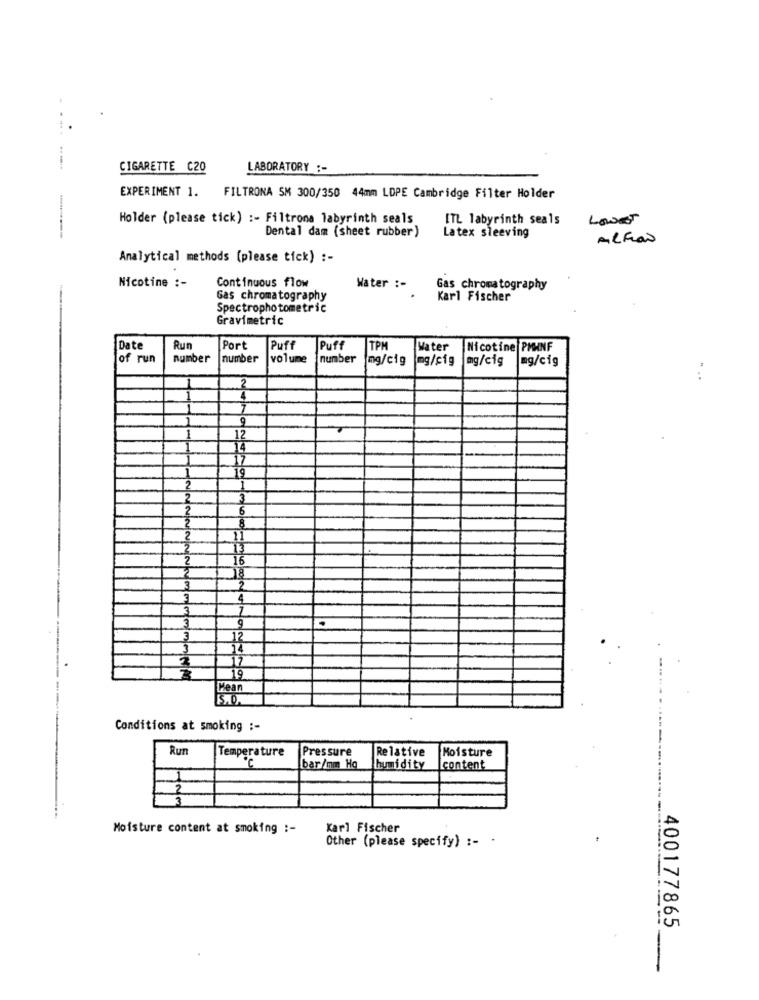
---- --
CIGARETTE C20
LABORATORY :-
EXPERIMENT 1. FILTRONA SM 300/350 44mm LDPE Cambridge Filter Holder
Holder (please tick) :- Filtrona labyrinth seals
ITL labyrinth seals
LOWET
Dental dam (sheet rubber )
Latex sleeving
ALFON
Analytical methods (please tick) :-
Continuous flow
Nicotine :-
Water :-
Gas chromatography
Gas chromatography
Karl Fischer
Spectrophotometric
Gravimetric
Date
Run
Port
Puff
Puff
TPM
Water
Nicotine PMWNF
of run
number
number
volume
number
mg/cig
mg/cig
mg/cig
mg/cig
".
2
7
9
12
14
17
19
1
3
6
8
13
16
18
2
4
7
12
14
17
NNNNNNNCOMUMMMNN
19
[Mean
15.0.
Conditions at smoking :-
Run
Temperature
Pressure
Relative
Moisture
bar/mm Hg
humidity
content
2
3
Moisture content at smoking :-
Karl Fischer
Other (please specify) :- .
400177865